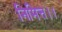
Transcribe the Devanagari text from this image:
निमित्त।।